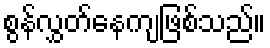
စွန်လွှတ်နေကျဖြစ်သည်။